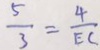
\frac { 5 } { 3 } = \frac { 4 } { E C }